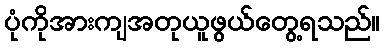
ပုံကိုအားကျအတုယူဖွယ်တွေ့ရသည်။